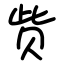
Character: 赀